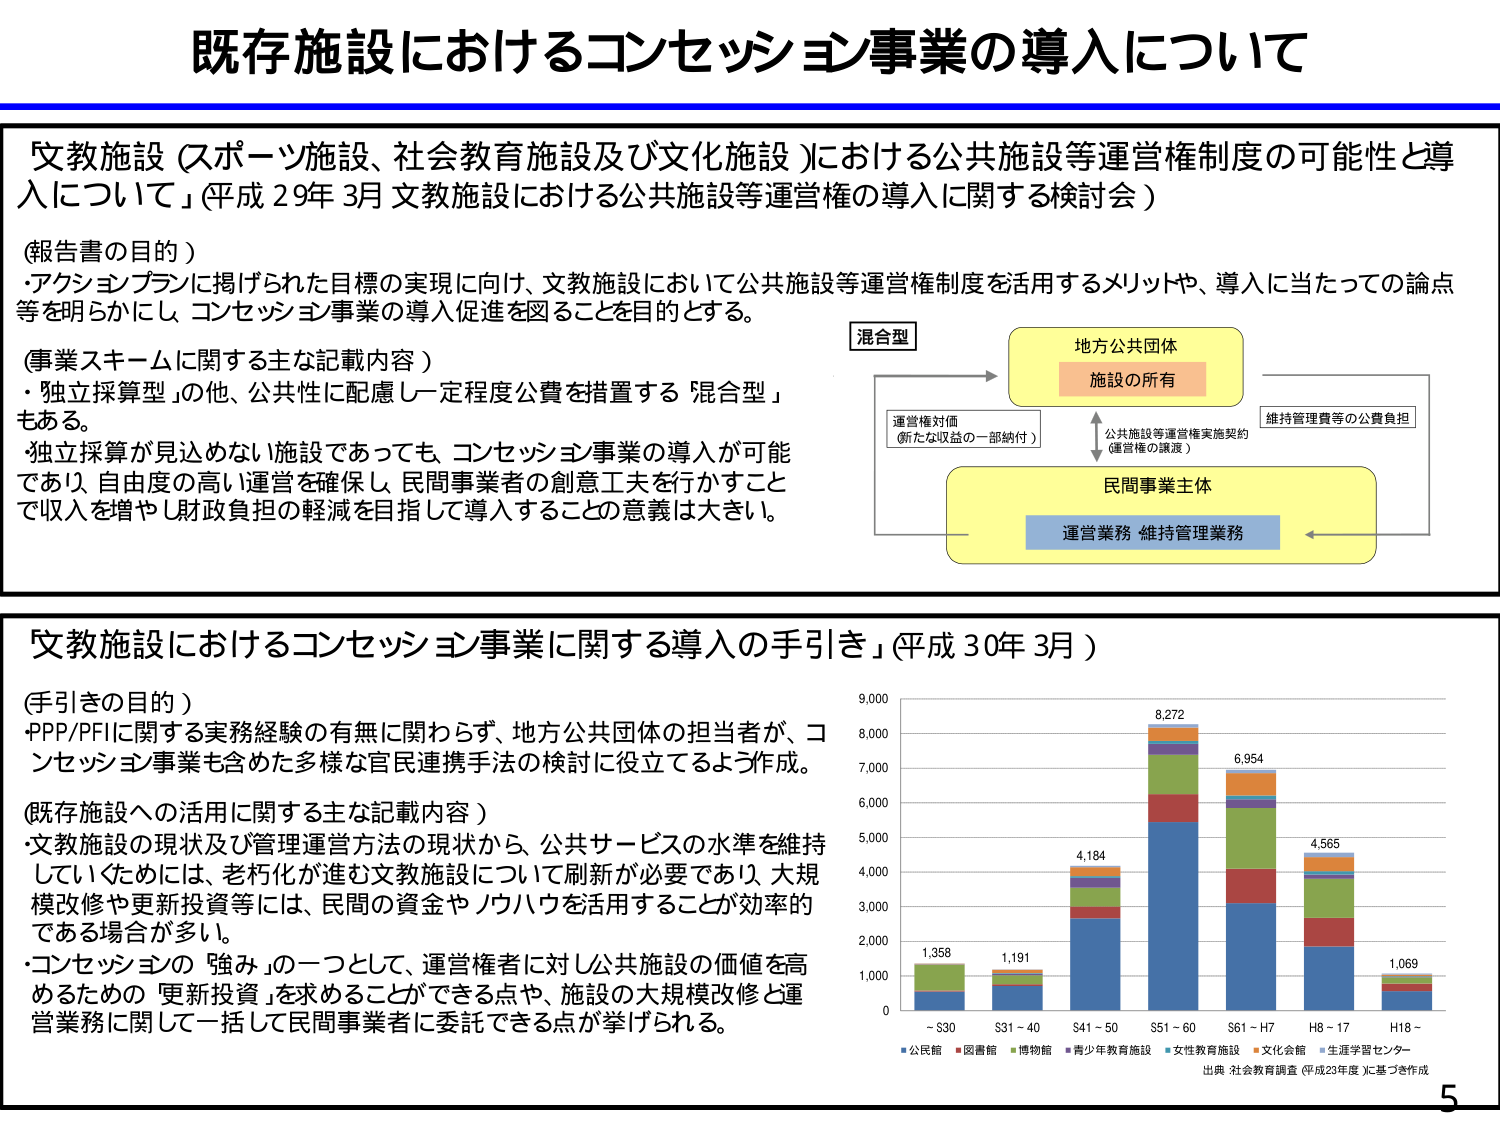
既存施設におけるコンセッション事業の導入について

文教施設（スポーツ施設、社会教育施設及び文化施設）における公共施設等運営権制度の可能性と導入について」（平成29年3月 文教施設における公共施設等運営権の導入に関する検討会）

（報告書の目的）
・アクションプランに掲げられた目標の実現に向け、文教施設において公共施設等運営権制度を活用するメリットや、導入に当たっての論点等を明らかにし、コンセッション事業の導入促進を図ることを目的とする。

（事業スキームに関する主な記載内容）
・「独立採算型」の他、公共性に配慮し一定程度公費を措置する「混合型」もある。
・独立採算が見込めない施設であっても、コンセッション事業の導入が可能であり、自由度の高い運営を確保し、民間事業者の創意工夫を行かすことで収入を増やし財政負担の軽減を目指して導入することの意義は大きい。

混合型
地方公共団体
施設の所有
運営権対価
（新たな収益の一部納付）
公共施設等運営権実施契約
（運営権の譲渡）
維持管理費等の公費負担
民間事業主体
運営業務・維持管理業務

文教施設におけるコンセッション事業に関する導入の手引き」（平成30年3月）

（手引きの目的）
・PPP/PFIに関する実務経験の有無に関わらず、地方公共団体の担当者が、コンセッション事業も含めた多様な官民連携手法の検討に役立てるよう作成。

（既存施設への活用に関する主な記載内容）
・文教施設の現状及び管理運営方法の現状から、公共サービスの水準を維持していくためには、老朽化が進む文教施設について刷新が必要であり、大規模改修や更新投資等には、民間の資金やノウハウを活用することが効率的である場合が多い。
・コンセッションの「強み」の一つとして、運営権者に対し公共施設の価値を高めるための「更新投資」を求めることができる点や、施設の大規模改修と運営業務に関して一括して民間事業者に委託できる点が挙げられる。

9,000
8,000
7,000
6,000
5,000
4,000
3,000
2,000
1,000
0
1,358
1,191
4,184
8,272
6,954
4,565
1,069
- S30
S31 - 40
S41 - 50
S51 - 60
S61 - H7
H8 - 17
H18 -
■公民館 ■図書館 ■博物館 ■青少年教育施設 ■女性教育施設 ■文化会館 ■生涯学習センター
出典：社会教育調査（平成23年度）に基づき作成

5